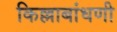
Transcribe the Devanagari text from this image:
किल्लाबांधणी